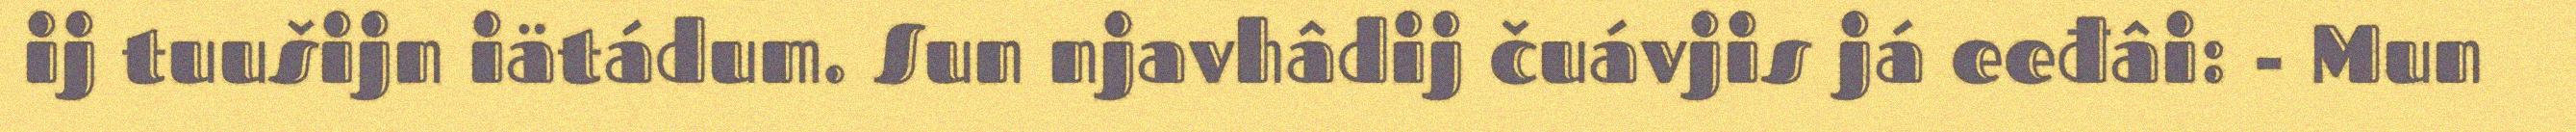
ij tuušijn iätádum. Sun njavhâdij čuávjis já eeđâi: - Mun